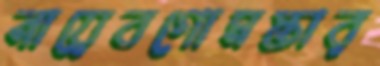
নায়েবগোমস্তার